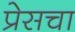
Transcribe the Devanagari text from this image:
प्रेसचा